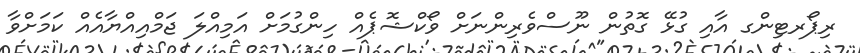
ރިޕޯރޓިންގ އާއި ގުޅޭ ގޮތުން ނޫސްވެރިންނަށް ވޯކްޝޮޕެއް ހިންގުމަށް އަމިއްލަ ޖަމްއިއްޔާއެއް ކަމަށްވާ